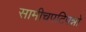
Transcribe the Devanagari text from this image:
सामीचपटिपन्नो